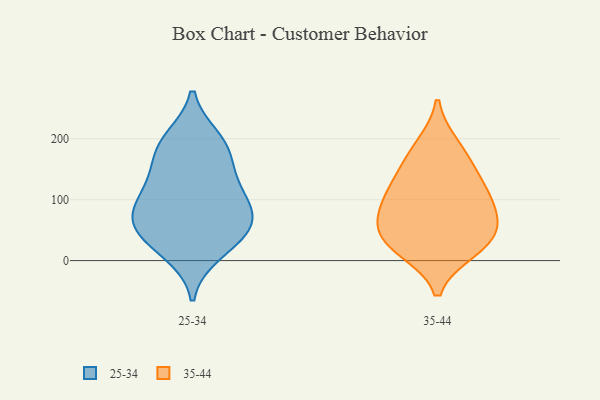
{"axis": {"x": "Latency (ms)", "y": "Value"}, "legend": ["25-34", "35-44"], "data": [{"x": "", "y": 118, "type": "25-34"}, {"x": "", "y": 53, "type": "25-34"}, {"x": "", "y": 190, "type": "25-34"}, {"x": "", "y": 79, "type": "25-34"}, {"x": "", "y": 71, "type": "25-34"}, {"x": "", "y": 13, "type": "25-34"}, {"x": "", "y": 146, "type": "25-34"}, {"x": "", "y": 30, "type": "25-34"}, {"x": "", "y": 180, "type": "25-34"}, {"x": "", "y": 80, "type": "25-34"}, {"x": "", "y": 199, "type": "25-34"}, {"x": "", "y": 115, "type": "25-34"}, {"x": "", "y": 50, "type": "25-34"}, {"x": "", "y": 122, "type": "35-44"}, {"x": "", "y": 62, "type": "35-44"}, {"x": "", "y": 31, "type": "35-44"}, {"x": "", "y": 112, "type": "35-44"}, {"x": "", "y": 31, "type": "35-44"}, {"x": "", "y": 161, "type": "35-44"}, {"x": "", "y": 66, "type": "35-44"}, {"x": "", "y": 187, "type": "35-44"}, {"x": "", "y": 19, "type": "35-44"}, {"x": "", "y": 94, "type": "35-44"}]}